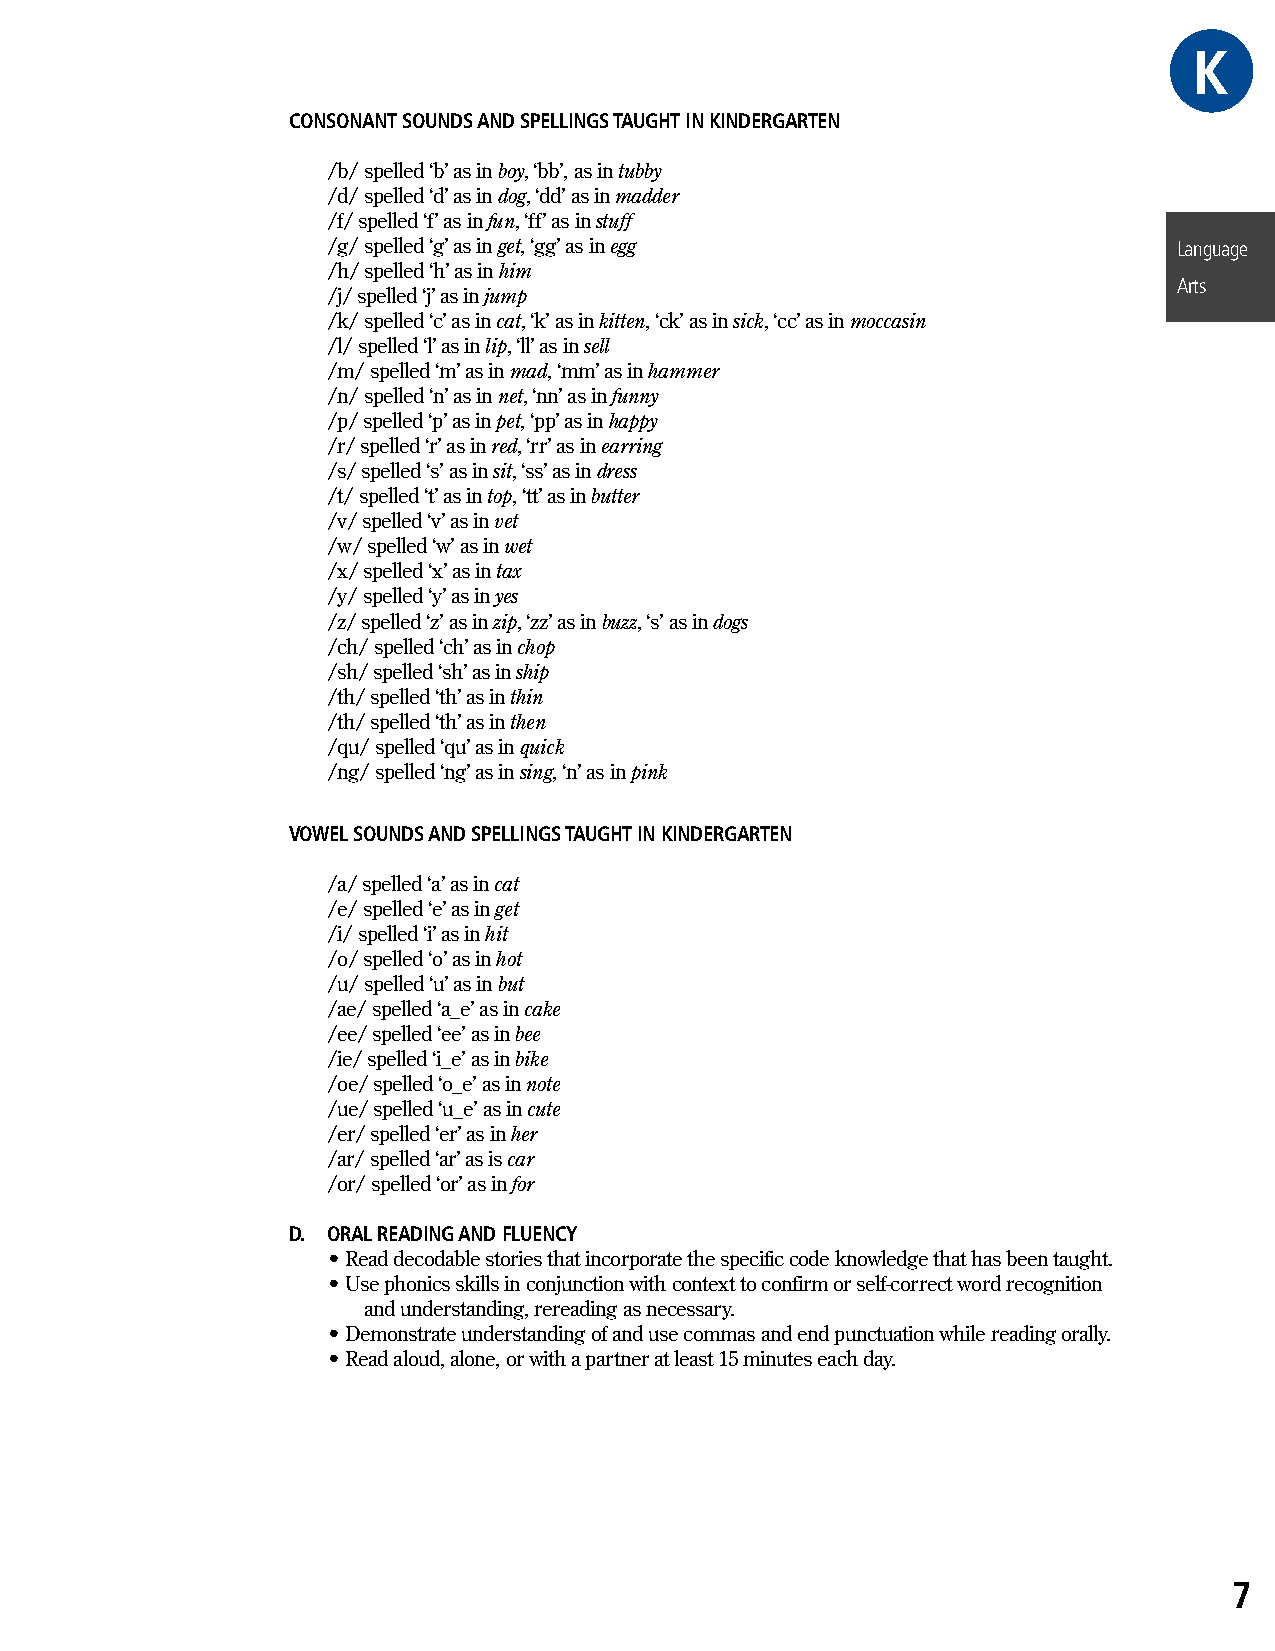
GKRAE
 CONSONANT SOUNDS AND SPELLINGS TAUGHT IN KINDERGARTEN
 /b/ spelled ‘b’ as in boy, ‘bb’, as in tubby
 /d/ spelled ‘d’ as in dog, ‘dd’ as in madder
 /f/ spelled ‘f’ as in fun, ‘ff’ as in stuff
 /g/ spelled ‘g’ as in get, ‘gg’ as in egg               Language
 /h/ spelled ‘h’ as in him
 Arts
 /j/ spelled ‘j’ as in jump
 /k/ spelled ‘c’ as in cat, ‘k’ as in kitten, ‘ck’ as in sick, ‘cc’ as in moccasin
 /l/ spelled ‘l’ as in lip, ‘ll’ as in sell
 /m/ spelled ‘m’ as in mad, ‘mm’ as in hammer
 /n/ spelled ‘n’ as in net, ‘nn’ as in funny
 /p/ spelled ‘p’ as in pet, ‘pp’ as in happy
 /r/ spelled ‘r’ as in red, ‘rr’ as in earring
 /s/ spelled ‘s’ as in sit, ‘ss’ as in dress
 /t/ spelled ‘t’ as in top, ‘tt’ as in butter
 /v/ spelled ‘v’ as in vet
 /w/ spelled ‘w’ as in wet
 /x/ spelled ‘x’ as in tax
 /y/ spelled ‘y’ as in yes
 /z/ spelled ‘z’ as in zip, ‘zz’ as in buzz, ‘s’ as in dogs
 /ch/ spelled ‘ch’ as in chop
 /sh/ spelled ‘sh’ as in ship
 /th/ spelled ‘th’ as in thin
 /th/ spelled ‘th’ as in then
 /qu/ spelled ‘qu’ as in quick
 /ng/ spelled ‘ng’ as in sing, ‘n’ as in pink
 VOWEL SOUNDS AND SPELLINGS TAUGHT IN KINDERGARTEN
 /a/ spelled ‘a’ as in cat
 /e/ spelled ‘e’ as in get
 /i/ spelled ‘i’ as in hit
 /o/ spelled ‘o’ as in hot
 /u/ spelled ‘u’ as in but
 /ae/ spelled ‘a_e’ as in cake
 /ee/ spelled ‘ee’ as in bee
 /ie/ spelled ‘i_e’ as in bike
 /oe/ spelled ‘o_e’ as in note
 /ue/ spelled ‘u_e’ as in cute
 /er/ spelled ‘er’ as in her
 /ar/ spelled ‘ar’ as is car
 /or/ spelled ‘or’ as in for
 D. ORAL READING AND FLUENCY
 • Read decodable stories that incorporate the specific code knowledge that has been taught.
 • Use phonics skills in conjunction with context to confirm or self-correct word recognition
 and understanding, rereading as necessary.
 • Demonstrate understanding of and use commas and end punctuation while reading orally.
 • Read aloud, alone, or with a partner at least 15 minutes each day.
 7